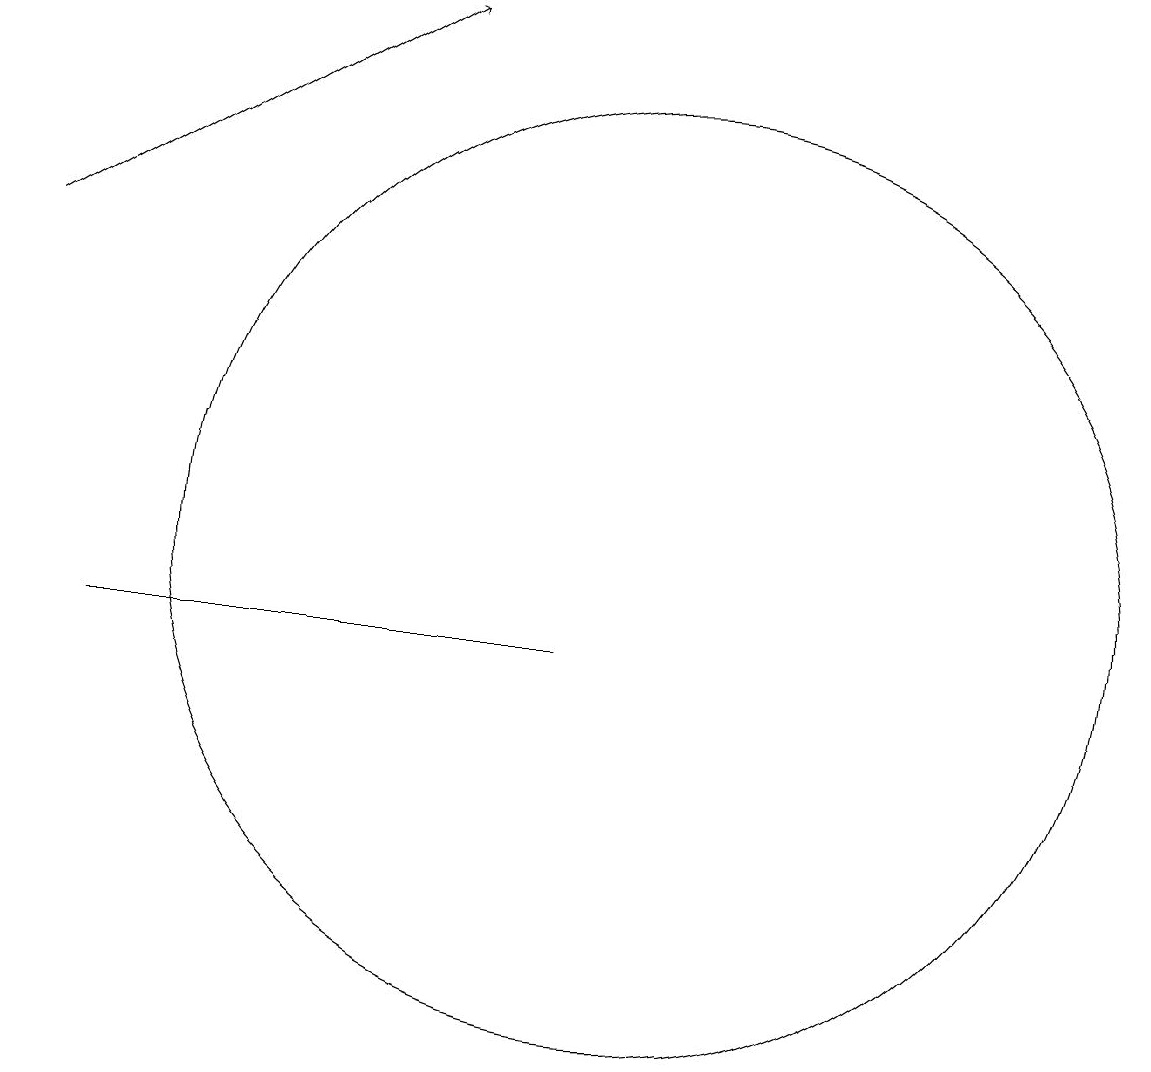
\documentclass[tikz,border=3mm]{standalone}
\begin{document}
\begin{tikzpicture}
\draw (3,11) rectangle (9,11);
\draw (10,12) circle (6);
\draw[->] (2,16) -- (7,19);
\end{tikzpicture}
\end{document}